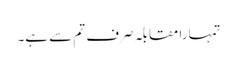
تمہارا مقابلہ صرف تم سے ہے۔